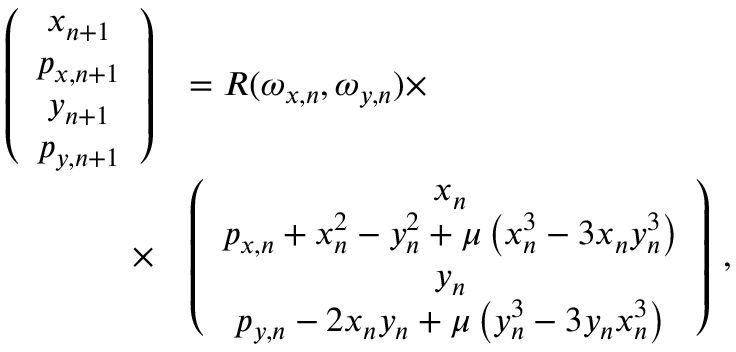
\begin{array} { r l } { \left( \begin{array} { c } { x _ { n + 1 } } \\ { p _ { x , n + 1 } } \\ { y _ { n + 1 } } \\ { p _ { y , n + 1 } } \end{array} \right) } & { = R ( \omega _ { x , n } , \omega _ { y , n } ) \times } \\ { \times } & { \left( \begin{array} { c } { x _ { n } } \\ { p _ { x , n } + x _ { n } ^ { 2 } - y _ { n } ^ { 2 } + \mu \left( x _ { n } ^ { 3 } - 3 x _ { n } y _ { n } ^ { 3 } \right) } \\ { y _ { n } } \\ { p _ { y , n } - 2 x _ { n } y _ { n } + \mu \left( y _ { n } ^ { 3 } - 3 y _ { n } x _ { n } ^ { 3 } \right) } \end{array} \right) \, , } \end{array}